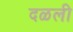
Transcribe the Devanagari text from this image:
दळली